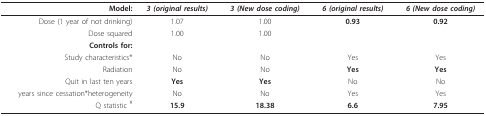
<table><thead><tr><td><b>Model:</b></td><td><b><i>3 (original results)</i></b></td><td><b><i>3 (New dose coding)</i></b></td><td><b><i>6 (original results)</i></b></td><td><b><i>6 (New dose coding)</i></b></td></tr></thead><tbody><tr><td>Dose (1 year of not drinking)</td><td>1.07</td><td>1.00</td><td><b>0.93</b></td><td><b>0.92</b></td></tr><tr><td>Dose squared</td><td>1.00</td><td>1.00</td><td></td><td></td></tr><tr><td><b>Controls for:</b></td><td></td><td></td><td></td><td></td></tr><tr><td>Study characteristics*</td><td>No</td><td>No</td><td>Yes</td><td>Yes</td></tr><tr><td>Radiation</td><td>No</td><td>No</td><td><b>Yes</b></td><td><b>Yes</b></td></tr><tr><td>Quit in last ten years</td><td><b>Yes</b></td><td><b>Yes</b></td><td>No</td><td>No</td></tr><tr><td>years since cessation*heterogeneity</td><td>No</td><td>No</td><td>Yes</td><td>Yes</td></tr><tr><td>Q statistic <sup>#</sup></td><td><b>15.9</b></td><td><b>18.38</b></td><td><b>6.6</b></td><td><b>7.95</b></td></tr></tbody></table>